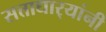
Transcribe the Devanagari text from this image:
सत्ताधार्‍यांनी